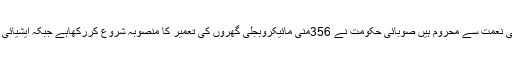
انہوں نے مزید کہا کہ صوبے کے پسماندہ علاقوں میں جہاں لوگ بجلی کی نعمت سے محروم ہیں صوبائی حکومت نے 356منی مائیکروبجلی گھروں کی تعمیر کا منصوبہ شروع کررکھاہے جبکہ ایشیائی ترقیاتی بنک کے مالی تعاون سے یہ تعداد بڑھا کر1000کی جارہی ہے۔